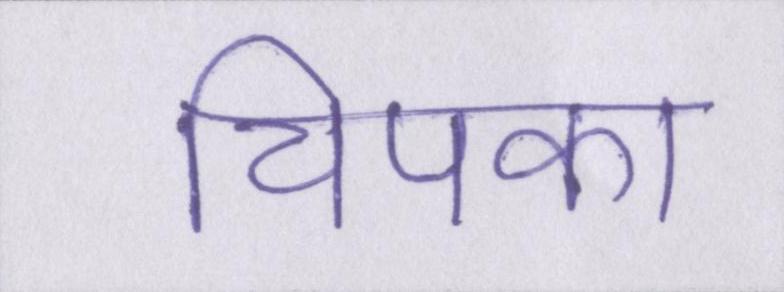
चिपका